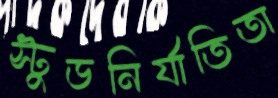
স্টুডনির্যাতিতা